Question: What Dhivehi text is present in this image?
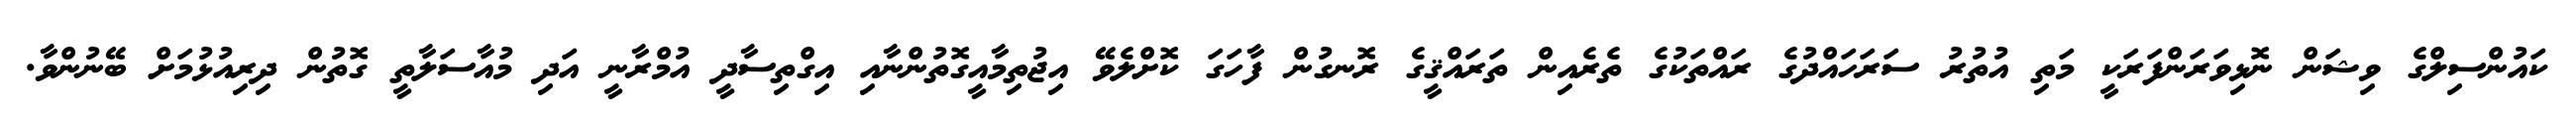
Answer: ކައުންސިލްގެ ވިޝަން ނޮޅިވަރަންފަރަކީ މަތި އުތުރު ސަރަހައްދުގެ ރައްތަކުގެ ތެރެއިން ތަރައްޤީގެ ރޮނގުން ފާހަގަ ކޮށްލެވޭ އިޖުތިމާއީގޮތުންނާއި އިގްތިސާދީ އުމްރާނީ އަދި މުއާސަލާތީ ގޮތުން ދިރިއުޅުމަށް ބޭނުންވާ.